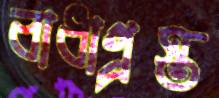
বাধাগ্র্রস্ত